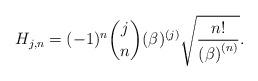
LaTeX: \begin{align*}H_{j,n}=(-1)^{n}\binom{j}{n}(\beta )^{(j)}\sqrt{\frac{n!}{\left( \beta\right) ^{\left( n\right) }}}. \end{align*}